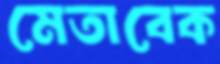
মেতাবেক